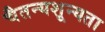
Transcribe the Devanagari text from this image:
चैतन्यशून्यता